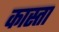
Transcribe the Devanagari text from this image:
कास्ता